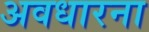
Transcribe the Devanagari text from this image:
अवधारना